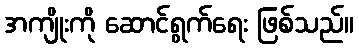
အကျိုးကို ဆောင်ရွက်ရေး ဖြစ်သည်။